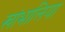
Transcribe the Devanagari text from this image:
खांभालिया